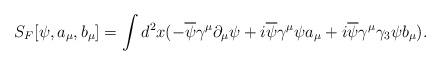
LaTeX: \begin{align*}S_{F}[\psi , a_{\mu},b_{\mu}]=\int d^{2}x(-\overline{\psi}\gamma^{\mu}\partial_{\mu}\psi + i \overline{\psi}\gamma^{\mu}\psi a_{\mu}+i \overline{\psi}\gamma^{\mu}\gamma_{3}\psi b_{\mu}).\end{align*}